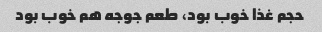
حجم غذا خوب بود، طعم جوجه هم خوب بود